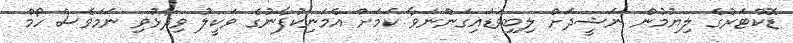
ޑޮކްޓަރުގެ ލިޔުމުން ނަޝީދަށް ލިބިވަޑައިގަންނަވާ ކަމަށް އެމަނިކުފާނުގެ ވަކީލު ވިދާޅުވި ނަމަވެސް ހޯމް